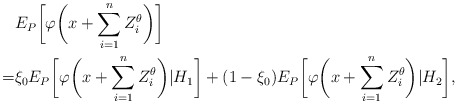
\begin{align*}\begin{aligned}&E_{P} \biggl[\varphi\biggl(x+\sum_{i=1}^{n} Z_i^\theta\biggr)\biggr]\\=&\xi_0 E_P\biggl[\varphi\biggl(x+\sum_{i=1}^{n} Z_i^\theta\biggr)\vert H_1\biggr]+(1-\xi_0)E_P\biggl[\varphi\biggl(x+\sum_{i=1}^{n} Z_i^\theta\biggr)\vert H_2\biggr],\end{aligned}\end{align*}